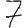
Digit: 7